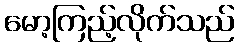
မော့ကြည့်လိုက်သည်